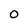
Character: O